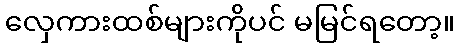
လှေကားထစ်များကိုပင် မမြင်ရတော့။